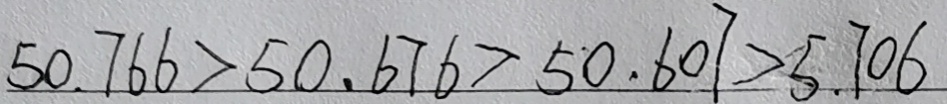
5 0 . 7 6 6 > 5 0 . 6 7 6 > 5 0 . 6 0 7 > 5 . 7 0 6